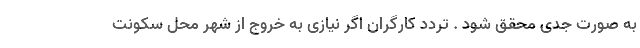
به صورت جدی محقق شود . تردد کارگران اگر نیازی به خروج از شهر محل سکونت